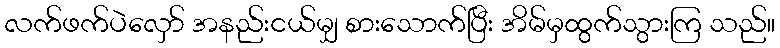
လက်ဖက်ပဲလှော် အနည်းငယ်မျှ စားသောက်ပြီး အိမ်မှထွက်သွားကြ သည်။